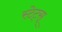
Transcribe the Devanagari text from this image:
स्टेट्स्